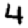
Digit: 4